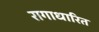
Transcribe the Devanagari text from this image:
रागाधारित